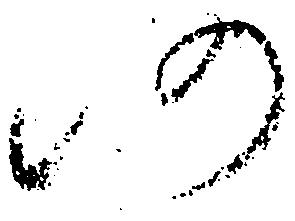
仍